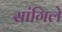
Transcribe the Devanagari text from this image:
सांगिले